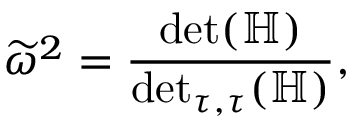
\widetilde { \omega } ^ { 2 } = \frac { \operatorname* { d e t } ( \mathbb { H } ) } { \operatorname* { d e t } _ { \tau , \tau } ( \mathbb { H } ) } ,